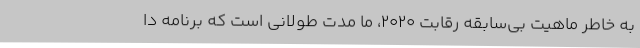
به خاطر ماهیت بی‌سابقه رقابت 2020، ما مدت طولانی است که برنامه دا